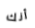
أنك